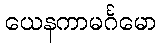
ယေနကာမင်္ဂမော